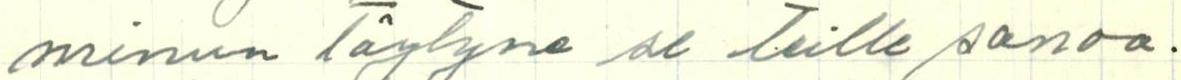
minun täytyne se teille sanoa.